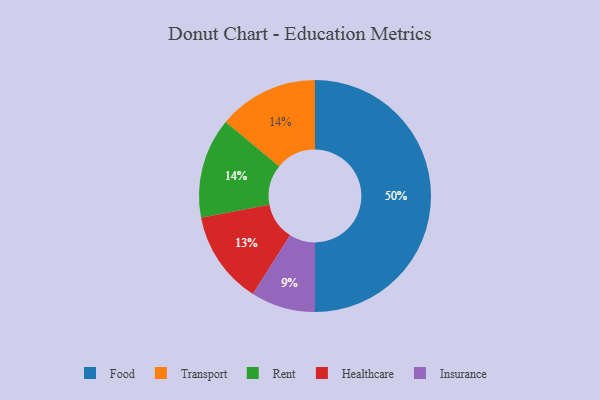
{"axis": {"x": "Category", "y": "Percentage"}, "legend": ["Food", "Healthcare", "Insurance", "Rent", "Transport"], "data": [{"x": "Insurance", "y": 9, "type": "Insurance"}, {"x": "Transport", "y": 14, "type": "Transport"}, {"x": "Food", "y": 50, "type": "Food"}, {"x": "Healthcare", "y": 13, "type": "Healthcare"}, {"x": "Rent", "y": 14, "type": "Rent"}]}